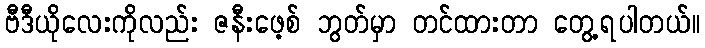
ဗီဒီယိုလေးကိုလည်း ဇနီးဖေ့စ် ဘွတ်မှာ တင်ထားတာ တွေ့ရပါတယ်။